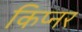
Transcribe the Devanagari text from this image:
किप्नर